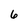
Character: 6